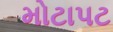
મોટાપટ